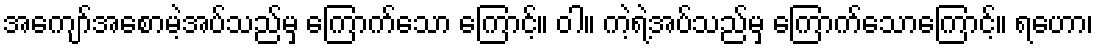
အကျော်အစောမဲ့အပ်သည်မှ ကြောက်သော ကြောင့်။ ဝါ။ ကဲ့ရဲ့အပ်သည်မှ ကြောက်သောကြောင့်။ ရဟော၊